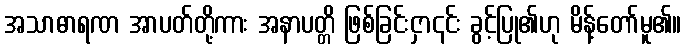
အသာဓာရဏ အာပတ်တို့ကား အနာပတ္တိ ဖြစ်ခြင်းငှာ၎င်း ခွင့်ပြု၏ဟု မိန့်တော်မူ၏။